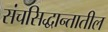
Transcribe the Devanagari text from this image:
संचसिद्धान्तातील